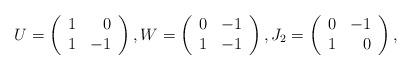
LaTeX: \begin{align*}U = \left( \begin{array}{rr}1 & 0 \\1 & -1 \end{array} \right), W = \left( \begin{array}{cc}0 & -1 \\1 & -1 \end{array} \right), J_2 = \left( \begin{array}{rr}0 & -1 \\1 & 0 \end{array} \right) ,\\ \end{align*}